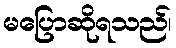
မပြောဆိုရသည်၊